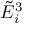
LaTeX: { \tilde { E } } _ { i } ^ { 3 }